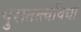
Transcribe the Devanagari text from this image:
पुरातत्त्वविद्या